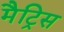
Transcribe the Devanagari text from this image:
मैट्रिस